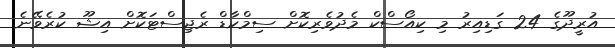
އުރީދޫގެ 24 ގަޑިއިރު މި ކިއޯސްކް މެދުވެރިކޮށް ސިމްކާޑް ރެޖިސްޓަކޮށް އިޝޫ ކުރެވޭނެ